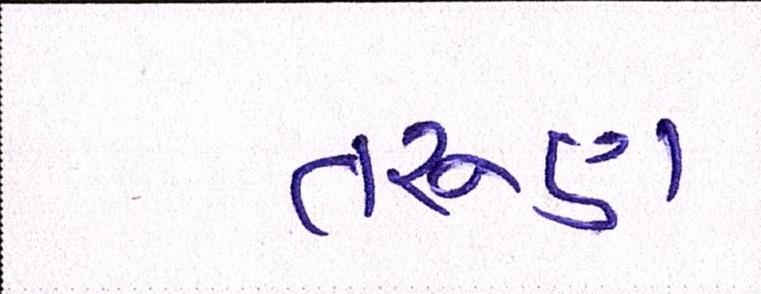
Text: તરુણ